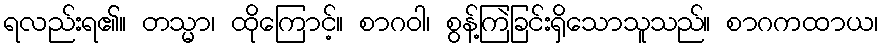
ရလည်းရ၏။ တသ္မာ၊ ထိုကြောင့်။ စာဂဝါ၊ စွန့်ကြဲခြင်းရှိသောသူသည်။ စာဂကထာယ၊